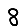
Digit: 8